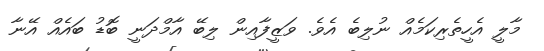
މާލީ އެހީތެރިކަމެއް ނުލިބެ އެވެ. ވަޒީފާއިން ލިބޭ އާމްދަނީ ބޮޑު ބައެއް އޭނާ